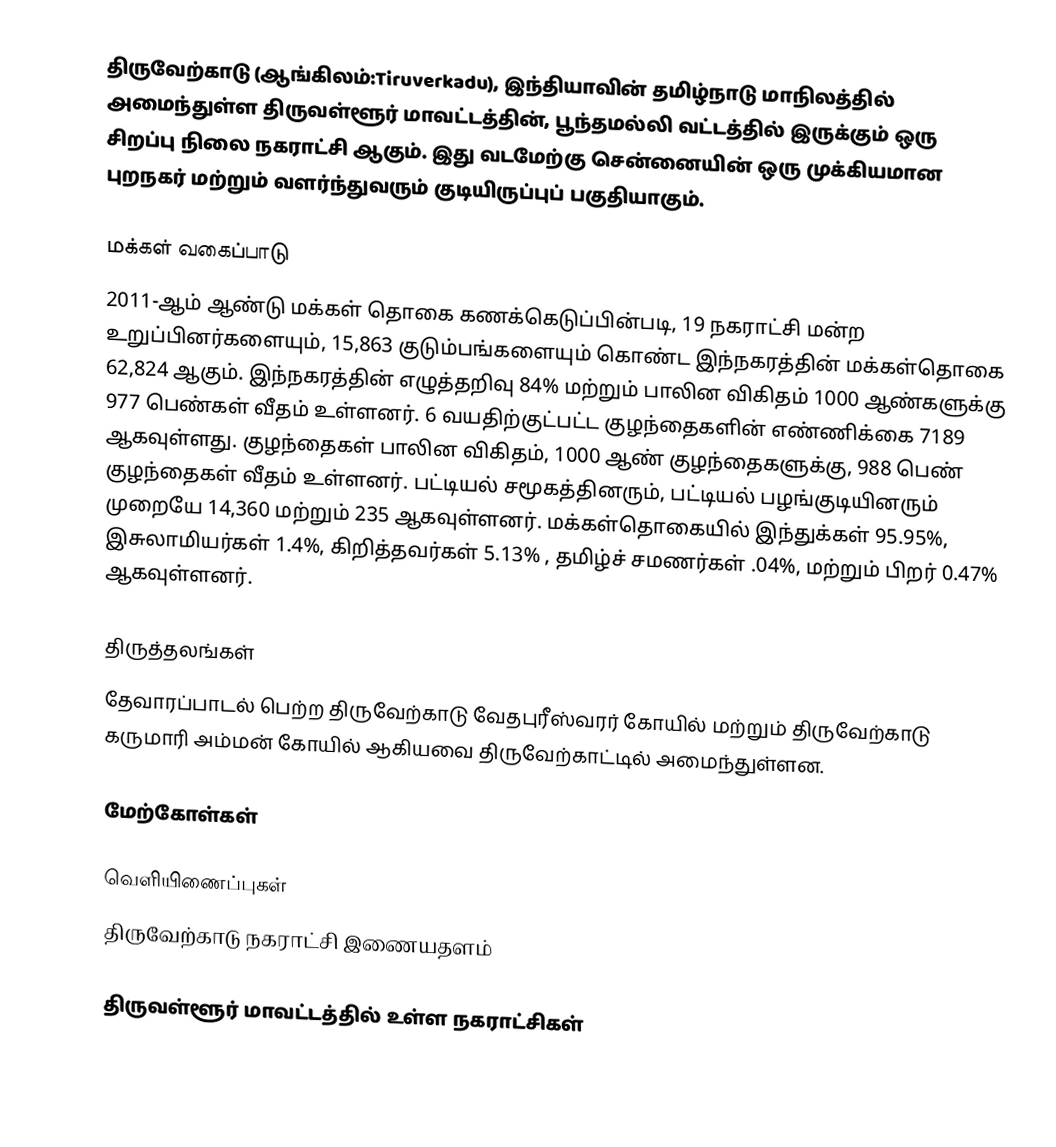
திருவேற்காடு (ஆங்கிலம்:Tiruverkadu), இந்தியாவின் தமிழ்நாடு மாநிலத்தில் அமைந்துள்ள திருவள்ளூர் மாவட்டத்தின், பூந்தமல்லி வட்டத்தில் இருக்கும் ஒரு சிறப்பு நிலை நகராட்சி ஆகும். இது வடமேற்கு சென்னையின் ஒரு முக்கியமான புறநகர் மற்றும் வளர்ந்துவரும் குடியிருப்புப் பகுதியாகும்.

மக்கள் வகைப்பாடு
2011-ஆம் ஆண்டு மக்கள் தொகை கணக்கெடுப்பின்படி, 19  நகராட்சி மன்ற உறுப்பினர்களையும்,  15,863 குடும்பங்களையும் கொண்ட இந்நகரத்தின் மக்கள்தொகை 62,824  ஆகும். இந்நகரத்தின் எழுத்தறிவு 84% மற்றும் பாலின விகிதம் 1000 ஆண்களுக்கு 977 பெண்கள் வீதம் உள்ளனர். 6 வயதிற்குட்பட்ட குழந்தைகளின் எண்ணிக்கை 7189  ஆகவுள்ளது. குழந்தைகள் பாலின விகிதம், 1000 ஆண் குழந்தைகளுக்கு, 988  பெண் குழந்தைகள் வீதம் உள்ளனர். பட்டியல் சமூகத்தினரும், பட்டியல் பழங்குடியினரும் முறையே 14,360 மற்றும் 235 ஆகவுள்ளனர். மக்கள்தொகையில் இந்துக்கள் 95.95%,  இசுலாமியர்கள்  1.4%, கிறித்தவர்கள் 5.13% , தமிழ்ச் சமணர்கள் .04%, மற்றும்  பிறர் 0.47% ஆகவுள்ளனர்.

திருத்தலங்கள்
தேவாரப்பாடல் பெற்ற திருவேற்காடு வேதபுரீஸ்வரர் கோயில் மற்றும் திருவேற்காடு கருமாரி அம்மன் கோயில் ஆகியவை திருவேற்காட்டில் அமைந்துள்ளன.

மேற்கோள்கள்

வெளியிணைப்புகள்
 திருவேற்காடு நகராட்சி இணையதளம்

திருவள்ளூர் மாவட்டத்தில் உள்ள நகராட்சிகள்